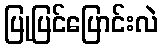
ပြုပြင်ပြောင်းလဲ